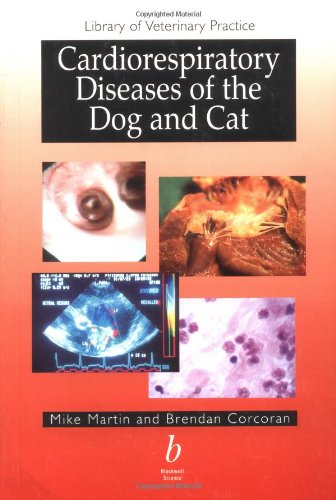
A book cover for Cardiorespiratory Diseases of the Dog and Cat; M. W. S. Martin; Medical Books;